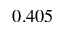
0 . 4 0 5